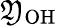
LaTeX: \mathfrak{Y}_{\mathrm{{OH}}}